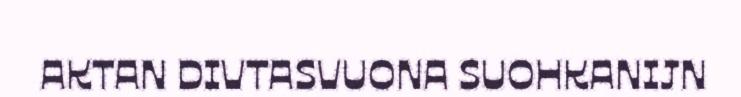
AKTAN DIVTASVUONA SUOHKANIJN